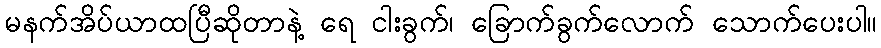
မနက်အိပ်ယာထပြီဆိုတာနဲ့ ရေ ငါးခွက်၊ ခြောက်ခွက်လောက် သောက်ပေးပါ။